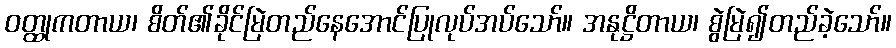
ဝတ္ထုကတာယ၊ စိတ်၏ခိုင်မြဲတည်နေအောင်ပြုလုပ်အပ်သော်။ အနုဋ္ဌိတာယ၊ စွဲမြဲ၍တည်ခဲ့သော်။